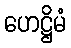
ဟေဋ္ဌိမံ